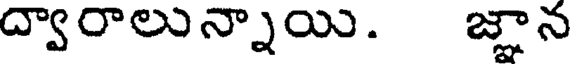
ద్వారాలున్నాయి. జ్ఞాన